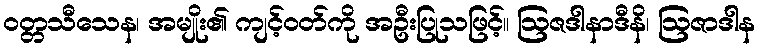
ဝတ္တသီသေန၊ အမျိုး၏ ကျင့်ဝတ်ကို အဦးပြုသဖြင့်။ ဩဇဒါနာဒီနိ၊ ဩဇာဒါန